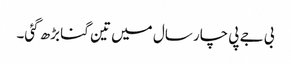
بی جے پی چار سال میں تین گنا بڑھ گئی۔